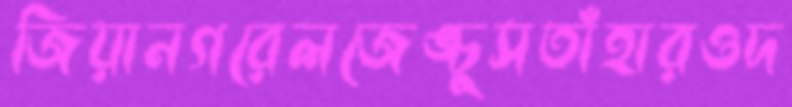
জিয়ানগরেলজেঙ্চুসতাঁহারওদ